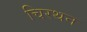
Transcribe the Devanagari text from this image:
चिरथन